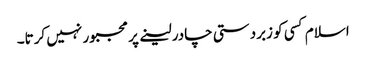
اسلام کسی کو زبردستی چادر لینے پر مجبور نہیں کرتا۔